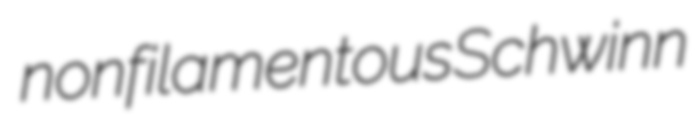
nonfilamentous Schwinn